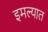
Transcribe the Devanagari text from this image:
इमल्यात